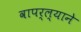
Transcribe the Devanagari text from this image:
वापर्ल्याने